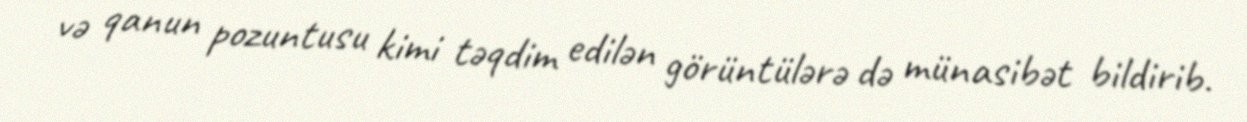
və qanun pozuntusu kimi təqdim edilən görüntülərə də münasibət bildirib.